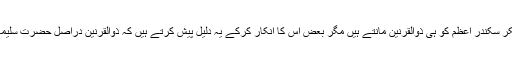
بہت سے قدیم علماء اور مفکر سکندرِ اعظم کو ہی ذوالقرنین مانتے ہیں مگر بعض اس کا انکار کرکے یہ دلیل پیش کرتے ہیں کہ ذوالقرنین دراصل حضرت سلیمان علیہ السلام کا خطاب تھا۔